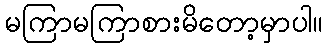
မကြာမကြာစားမိတော့မှာပါ။